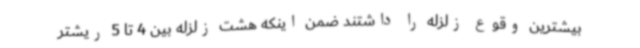
بیشترین وقوع زلزله را داشتند ضمن اینکه هشت زلزله بین 4 تا 5 ریشتر